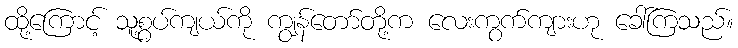
ထို့ကြောင့် သူ့စွပ်ကျယ်ကို ကျွန်တော်တို့က လေးကွက်ကျားဟု ခေါ်ကြသည်။